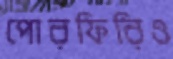
পোরফিরিও